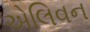
એલિવન